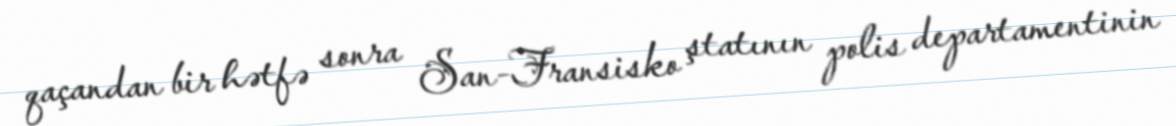
qaçandan bir hətfə sonra San-Fransisko ştatının polis departamentinin